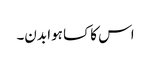
اس کا کسا ہوا بدن۔